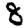
Digit: 8